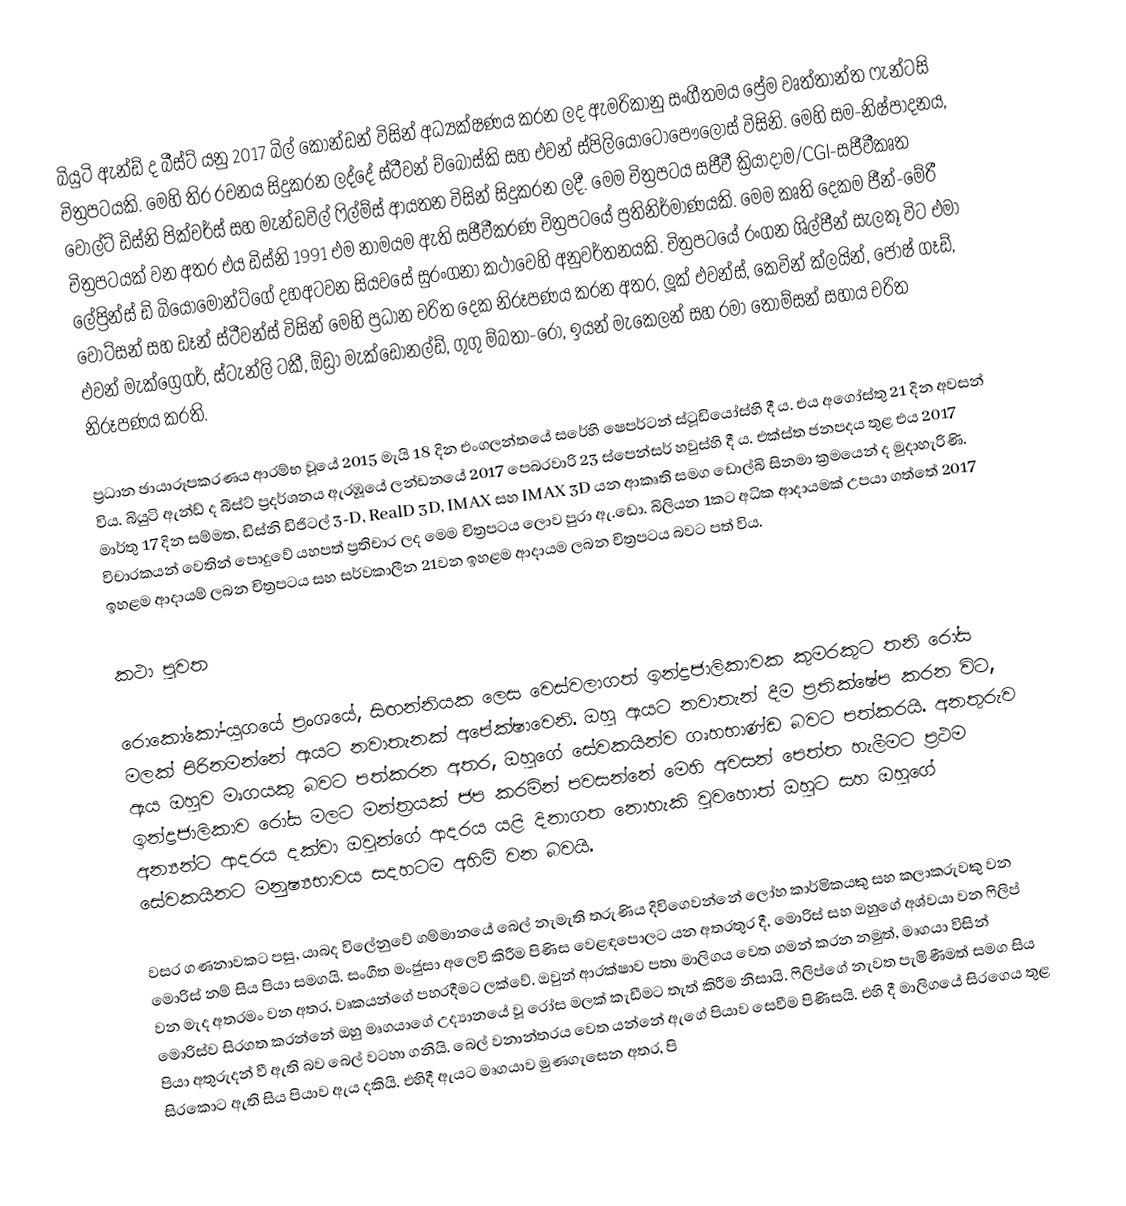
බියුටි ඇන්ඩ් ද බීස්ට් යනු 2017 බිල් කොන්ඩන් විසින් අධ්‍යක්ෂණය කරන ලද ඇමරිකානු සංගීතමය ප්‍රේම වෘත්තාන්ත ෆැන්ටසි චිත්‍රපටයකි. මෙහි තිර රචනය සිදුකරන ලද්දේ ස්ටීවන් ‍ච්බොස්කි සහ එවන් ස්පිලියොටොපෞලෝස් විසිනි. මෙහි සම-නිෂ්පාදනය, වෝල්ට් ඩිස්නි පික්චර්ස් සහ මැන්ඩවිල් ෆිල්ම්ස් ආයතන විසින් සිදුකරන ලදී. මෙම චිත්‍රපටය සජීවී ක්‍රියාදාම/CGI-සජීවීකෘත චිත්‍රපටයක් වන අතර එය ඩිස්නි 1991 එම නාමයම ඇති සජීවීකරණ චිත්‍රපටයේ ප්‍රතිනිර්මාණයකි. මෙම කෘති දෙකම ජීන්-මේරී ලේප්‍රින්ස් ඩි බියොමොන්ට්ගේ දහඅටවන සියවසේ සුරංගනා කථාවෙහි අනුවර්තනයකි. චිත්‍රපටයේ රංගන ශිල්පීන් සැලකූ විට එමා වොට්සන් සහ ඩෑන් ස්ටීවන්ස් විසින් මෙහි ප්‍රධාන චරිත දෙක නිරූපණය කරන අතර, ලූක් එවන්ස්, කෙවින් ක්ලයින්, ජෝෂ් ගෑඩ්, එවන් මැක්ග්‍රෙගර්, ස්ටැන්ලි ටකී, ඕඩ්‍රා මැක්ඩොනල්ඩ්, ගුගු ම්බතා-රෝ, ඉයන් මැකෙලන් සහ රමා තොම්සන් සහාය චරිත නිරූපණය කරති.

ප්‍රධාන ඡායාරූපකරණය ආරම්භ වූයේ 2015 මැයි 18 දින එංගලන්තයේ සරේහි ෂෙපර්ටන් ස්ටූඩියෝස්හි දී ය. එය අගෝස්තු 21 දින අවසන් විය.  බියුටි ඇන්ඩ් ද බීස්ට් ප්‍රදර්ශනය ඇරඹූයේ ලන්ඩනයේ 2017 පෙබරවාරි 23 ස්පෙන්සර් හවුස්හි දී ය. එක්ස්ත ජනපදය තුළ එය 2017 මාර්තු 17 දින සම්මත, ඩිස්නි ඩිජිටල් 3-D, RealD 3D, IMAX සහ IMAX 3D යන ආකෘති සමග ඩොල්බි සිනමා ක්‍රමයෙන් ද මුදාහැරිණි. විචාරකයන් වෙතින් පොදුවේ යහපත් ප්‍රතිචාර ලද මෙම චිත්‍රපටය ලොව පුරා ඇ.ඩො. බිලියන 1කට අධික ආදායමක් උපයා ගත්තේ 2017 ඉහළම ආදායම් ලබන චිත්‍රපටය සහ සර්වකාලීන 21වන ඉහළම ආදායම ලබන චිත්‍රපටය බවට පත් විය.

කථා පුවත

රොකෝකෝ-යුගයේ ප්‍රංශයේ, සිඟන්නියක ලෙස වෙස්වලාගත් ඉන්ද්‍රජාලිකාවක කුමරකුට තනි රෝස මලක් පිරිනමන්නේ ඇයට නවාතැනක් අපේක්ෂාවෙනි. ඔහු ඇයට නවාතැන් දීම ප්‍රතික්ෂේප කරන විට, ඇය ඔහුව මෘගයකු බවට පත්කරන අතර, ඔහුගේ සේවකයින්ව ගෘහභාණ්ඩ බවට පත්කරයි. අනතුරුව ඉන්ද්‍රජාලිකාව රෝස මලට මන්ත්‍රයක් ජප කරමින් පවසන්නේ මෙහි අවසන් පෙත්ත හැලීමට ප්‍රථම අන්‍යන්ට ආදරය දක්වා ඔවුන්ගේ ආදරය යළි දිනාගත නොහැකි වුවහොත් ඔහුට සහ ඔහුගේ සේවකයිනට මනුෂ්‍යභාවය සදහටම අහිමි වන බවයි.

වසර ගණනාවකට පසු, යාබද විලේනුවේ ගම්මානයේ බෙල් නැමැති ‍තරුණිය දිවිගෙවන්නේ ලෝහ කාර්මිකයකු සහ කලාකරුවකු වන මොරිස් නම් සිය පියා සමගයි. සංගීත මංජුසා ‍අලෙවි කිරීම පිණිස වෙළඳපොලට යන අතරතුර දී, මොරිස් සහ ඔහුගේ අශ්වයා වන ෆිලිප් වන මැද අතරමං වන අතර, වෘකයන්ගේ පහරදීමට ලක්වේ. ඔවුන් ආරක්ෂාව පතා මාලිගය වෙත ගමන් කරන නමුත්, මෘගයා විසින් මොරිස්ව සිරගත කරන්නේ ඔහු මෘගයාගේ උද්‍යානයේ වූ රෝස මලක් කැඩීමට තැත් කිරීම නිසායි. ෆිලිප්ගේ නැවත පැමිණීමත් සමග සිය පියා අතුරුදන් වී ඇති බව බෙල් වටහා ගනියි. බෙල් වනාන්තරය වෙත යන්නේ ඇගේ පියාව සෙවීම පිණිසයි. එහි දී මාලිගයේ සිරගෙය තුළ සිරකොට ඇති සිය පියාව ඇය දකියි. එහිදී ඇයට මෘගයාව මුණගැසෙන අතර, පි